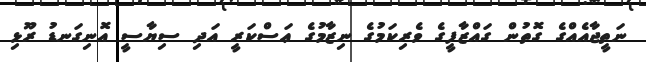
ނަތީޖާއެއްގެ ގޮތުން ގައްޒާފީގެ ވެރިކަމުގެ ނިޒާމުގެ ޢަސްކަރީ އަދި ސިޔާސީ އޮނިގަނޑު ރޫޅި